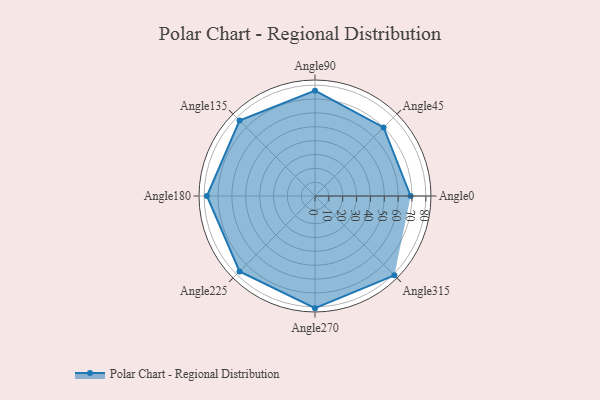
{"axis": {"x": "Angle", "y": "Radius"}, "legend": [""], "data": [{"x": "Angle0", "y": 69.0, "type": ""}, {"x": "Angle45", "y": 70.0, "type": ""}, {"x": "Angle90", "y": 76.0, "type": ""}, {"x": "Angle135", "y": 77.0, "type": ""}, {"x": "Angle180", "y": 78.0, "type": ""}, {"x": "Angle225", "y": 77.0, "type": ""}, {"x": "Angle270", "y": 81.0, "type": ""}, {"x": "Angle315", "y": 81.0, "type": ""}]}